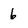
Character: 6